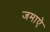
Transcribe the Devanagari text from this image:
जमाऐ